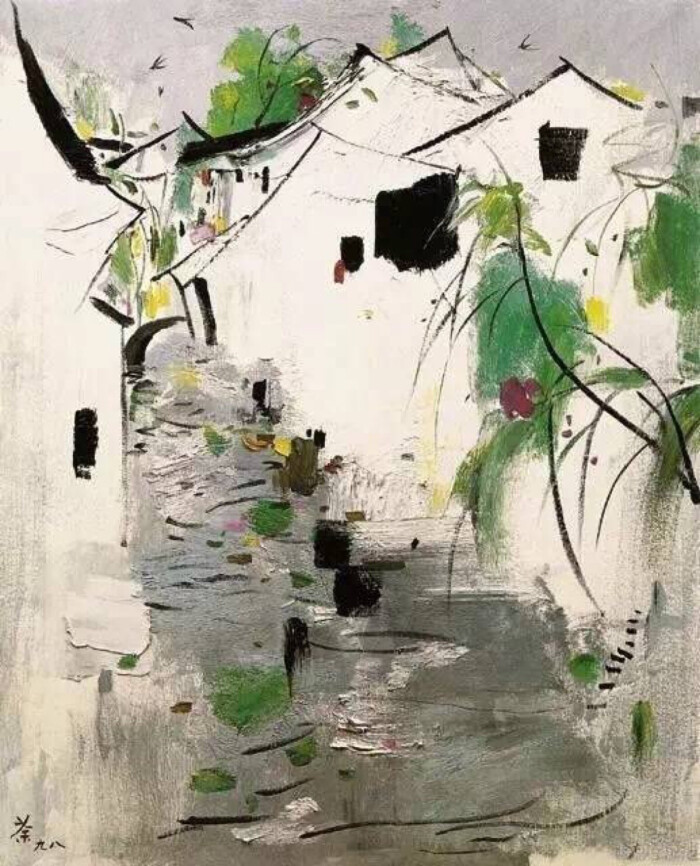
短长亭子短长桥，桥外垂杨一万条。